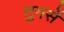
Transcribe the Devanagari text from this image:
तुमसें